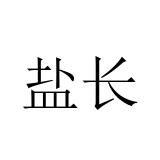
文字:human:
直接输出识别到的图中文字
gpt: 盐长